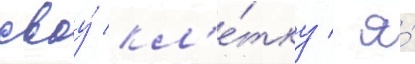
своу́ кл'е́тку / я́